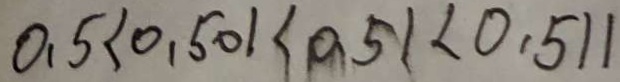
0 . 5 < 0 . 5 0 1 < 0 . 5 1 < 0 . 5 1 1